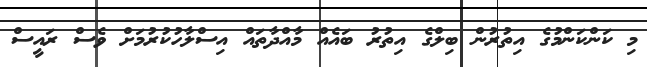
މި ކަންކަންމުގެ އިތުރުން ބިލްގެ އިތުރު ބައެއް މާއްދާތައް އިސްލާހުކުރުމަށް ވެސް ރައީސް